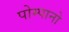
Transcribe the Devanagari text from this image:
पोम्पानो